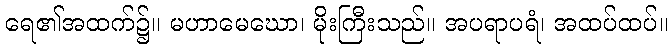
ရေ၏အထက်၌။ မဟာမေဃော၊ မိုးကြီးသည်။ အပရာပရံ၊ အထပ်ထပ်။